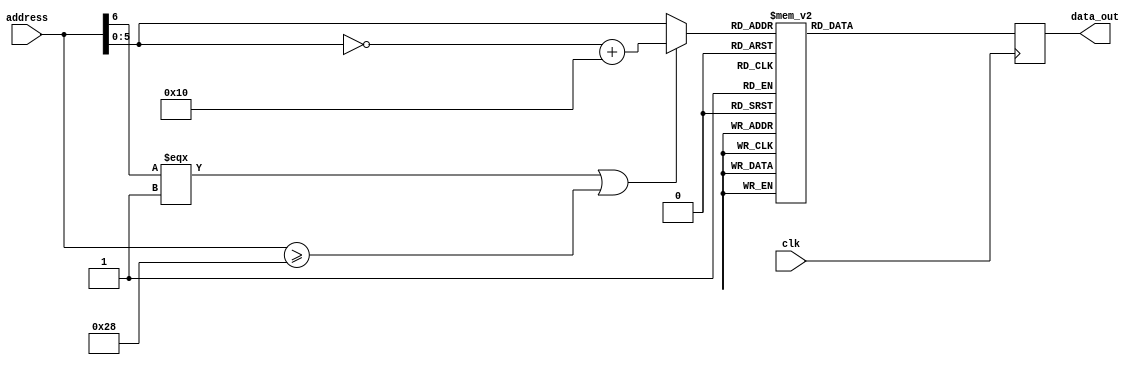
// --------------------------------------------------------------------------------
//  Company: MSI
//  Design Name: 
//  Module Name:    reghw - Behavioral 
//  Project Name: MFCC
// --------------------------------------------------------------------------------

`define false 1'b 0
`define FALSE 1'b 0
`define true 1'b 1
`define TRUE 1'b 1

`timescale 1 ns / 1 ns // timescale for following modules


module reghw (
   clk,
   address,
   data_out);
 

input   clk; 
input   [6:0] address; 
output   [3:0] data_out; 

reg     [3:0] data_out; 
reg     [5:0] addr; 
reg     [3:0] data; 


always @(addr)
   begin : romhw
   case (addr)
   6'b 000000:
      begin
      data <= 4'b 0001;   
      end
   6'b 000001:
      begin
      data <= 4'b 0001;   
      end
   6'b 000010:
      begin
      data <= 4'b 0001;   
      end
   6'b 000011:
      begin
      data <= 4'b 0001;   
      end
   6'b 000100:
      begin
      data <= 4'b 0001;   
      end
   6'b 000101:
      begin
      data <= 4'b 0001;   
      end
   6'b 000110:
      begin
      data <= 4'b 0010;   
      end
   6'b 000111:
      begin
      data <= 4'b 0010;   
      end
   6'b 001000:
      begin
      data <= 4'b 0010;   
      end
   6'b 001001:
      begin
      data <= 4'b 0011;   
      end
   6'b 001010:
      begin
      data <= 4'b 0011;   
      end
   6'b 001011:
      begin
      data <= 4'b 0011;   
      end
   6'b 001100:
      begin
      data <= 4'b 0100;   
      end
   6'b 001101:
      begin
      data <= 4'b 0100;   
      end
   6'b 001110:
      begin
      data <= 4'b 0101;   
      end
   6'b 001111:
      begin
      data <= 4'b 0101;   
      end
   6'b 010000:
      begin
      data <= 4'b 0110;   
      end
   6'b 010001:
      begin
      data <= 4'b 0111;   
      end
   6'b 010010:
      begin
      data <= 4'b 0111;   
      end
   6'b 010011:
      begin
      data <= 4'b 1000;   
      end
   6'b 010100:
      begin
      data <= 4'b 1000;   
      end
   6'b 010101:
      begin
      data <= 4'b 1001;   
      end
   6'b 010110:
      begin
      data <= 4'b 1001;   
      end
   6'b 010111:
      begin
      data <= 4'b 1010;   
      end
   6'b 011000:
      begin
      data <= 4'b 1011;   
      end
   6'b 011001:
      begin
      data <= 4'b 1011;   
      end
   6'b 011010:
      begin
      data <= 4'b 1100;   
      end
   6'b 011011:
      begin
      data <= 4'b 1100;   
      end
   6'b 011100:
      begin
      data <= 4'b 1101;   
      end
   6'b 011101:
      begin
      data <= 4'b 1101;   
      end
   6'b 011110:
      begin
      data <= 4'b 1110;   
      end
   6'b 011111:
      begin
      data <= 4'b 1110;   
      end
   6'b 100000:
      begin
      data <= 4'b 1110;   
      end
   6'b 100001:
      begin
      data <= 4'b 1111;   
      end
   6'b 100010:
      begin
      data <= 4'b 1111;   
      end
   6'b 100011:
      begin
      data <= 4'b 1111;   
      end
   6'b 100100:
      begin
      data <= 4'b 1111;   
      end
   6'b 100101:
      begin
      data <= 4'b 1111;   
      end
   6'b 100110:
      begin
      data <= 4'b 1111;   
      end
   6'b 100111:
      begin
      data <= 4'b 1111;   
      end
   default:
      begin
      data <= 4'b 0000;   
      end
   endcase
   end


always @(address)
   begin : mod_address
   if (address[6] === 1'b 1 | address >= 7'b 0101000)
      begin
      addr <= ~address[5:0] + 6'b 010000;   
      end
   else
      begin
      addr <= address[5:0];   
      end
   end


always @(posedge clk)
   begin : get_data
   if (clk === 1'b 1)
      begin
      data_out <= data;   
      end
   end


endmodule // module reghw